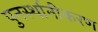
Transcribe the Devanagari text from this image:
पुनर्स्थानीकरण